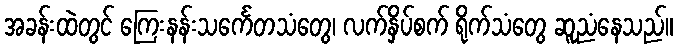
အခန်းထဲတွင် ကြေးနန်းသင်္ကေတသံတွေ၊ လက်နှိပ်စက် ရိုက်သံတွေ ဆူညံနေသည်။